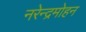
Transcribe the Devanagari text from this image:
नरेन्द्रमोहन